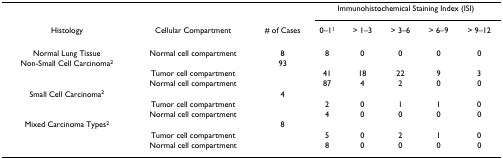
<table><thead><tr><td></td><td></td><td></td><td colspan="5"><b>Immunohistochemical Staining Index (ISI)</b></td></tr><tr><td><b>Histology</b></td><td><b>Cellular Compartment</b></td><td><b># of Cases</b></td><td><b>0–1<sup>1</sup></b></td><td><b>&gt; 1–3</b></td><td><b>&gt; 3–6</b></td><td><b>&gt; 6–9</b></td><td><b>&gt; 9–12</b></td></tr></thead><tbody><tr><td>Normal Lung Tissue</td><td>Normal cell compartment</td><td>8</td><td>8</td><td>0</td><td>0</td><td>0</td><td>0</td></tr><tr><td>Non-Small Cell Carcinoma<sup>2</sup></td><td></td><td>93</td><td></td><td></td><td></td><td></td><td></td></tr><tr><td></td><td>Tumor cell compartment</td><td></td><td>41</td><td>18</td><td>22</td><td>9</td><td>3</td></tr><tr><td></td><td>Normal cell compartment</td><td></td><td>87</td><td>4</td><td>2</td><td>0</td><td>0</td></tr><tr><td>Small Cell Carcinoma<sup>2</sup></td><td></td><td>4</td><td></td><td></td><td></td><td></td><td></td></tr><tr><td></td><td>Tumor cell compartment</td><td></td><td>2</td><td>0</td><td>1</td><td>1</td><td>0</td></tr><tr><td></td><td>Normal cell compartment</td><td></td><td>4</td><td>0</td><td>0</td><td>0</td><td>0</td></tr><tr><td>Mixed Carcinoma Types<sup>2</sup></td><td></td><td>8</td><td></td><td></td><td></td><td></td><td></td></tr><tr><td></td><td>Tumor cell compartment</td><td></td><td>5</td><td>0</td><td>2</td><td>1</td><td>0</td></tr><tr><td></td><td>Normal cell compartment</td><td></td><td>8</td><td>0</td><td>0</td><td>0</td><td>0</td></tr></tbody></table>